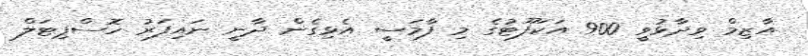
އާޒިމް ވިދާޅުވީ 900 އަކަފޫޓުގެ މި ފާމަސީ އެޅިގެން ދާނީ ނައިފަރު ހޮސްޕިޓަލް